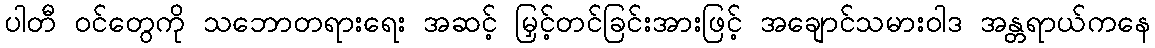
ပါတီ ဝင်တွေကို သဘောတရားရေး အဆင့် မြှင့်တင်ခြင်းအားဖြင့် အချောင်သမားဝါဒ အန္တရာယ်ကနေ